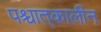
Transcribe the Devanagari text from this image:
पश्चात्‌कालीन